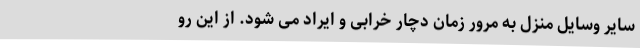
سایر وسایل منزل به مرور زمان دچار خرابی و ایراد می شود. از این رو